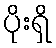
ပိုးရှိ